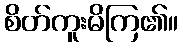
စိတ်ကူးမိကြ၏။